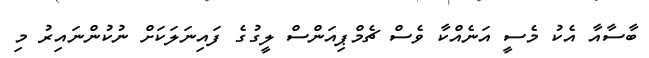
ބާސާއާ އެކު މެސީ އަނެއްކާ ވެސް ޗެމްޕިއަންސް ލީގުގެ ފައިނަލަކަށް ނުކުންނައިރު މި